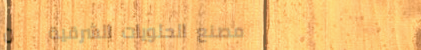
مصنع الحلويات الشرقية   ن